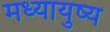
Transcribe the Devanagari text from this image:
मध्यायुष्य